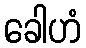
ခေါဟံ